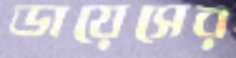
ডায়েসের